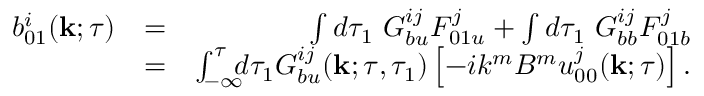
\begin{array} { r l r } { b _ { 0 1 } ^ { i } ( { \bf { k } } ; \tau ) } & { = } & { \int d \tau _ { 1 } \ G _ { b u } ^ { i j } F _ { 0 1 u } ^ { j } + \int d \tau _ { 1 } \ G _ { b b } ^ { i j } F _ { 0 1 b } ^ { j } } \\ & { = } & { \int _ { - \infty } ^ { \tau } \! \! \! d \tau _ { 1 } G _ { b u } ^ { i j } ( { \bf { k } } ; \tau , \tau _ { 1 } ) \left[ { - i k ^ { m } B ^ { m } u _ { 0 0 } ^ { j } ( { \bf { k } } ; \tau ) } \right] . } \end{array}